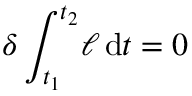
\delta \int _ { t _ { 1 } } ^ { t _ { 2 } } \! \ell \, \mathrm { d } t = 0